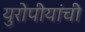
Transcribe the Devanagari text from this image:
युरोपीयांची